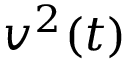
v ^ { 2 } ( t )